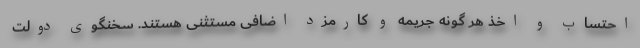
احتساب و اخذ هر گونه جریمه و کارمزد اضافی مستثنی هستند. سخنگوی دولت